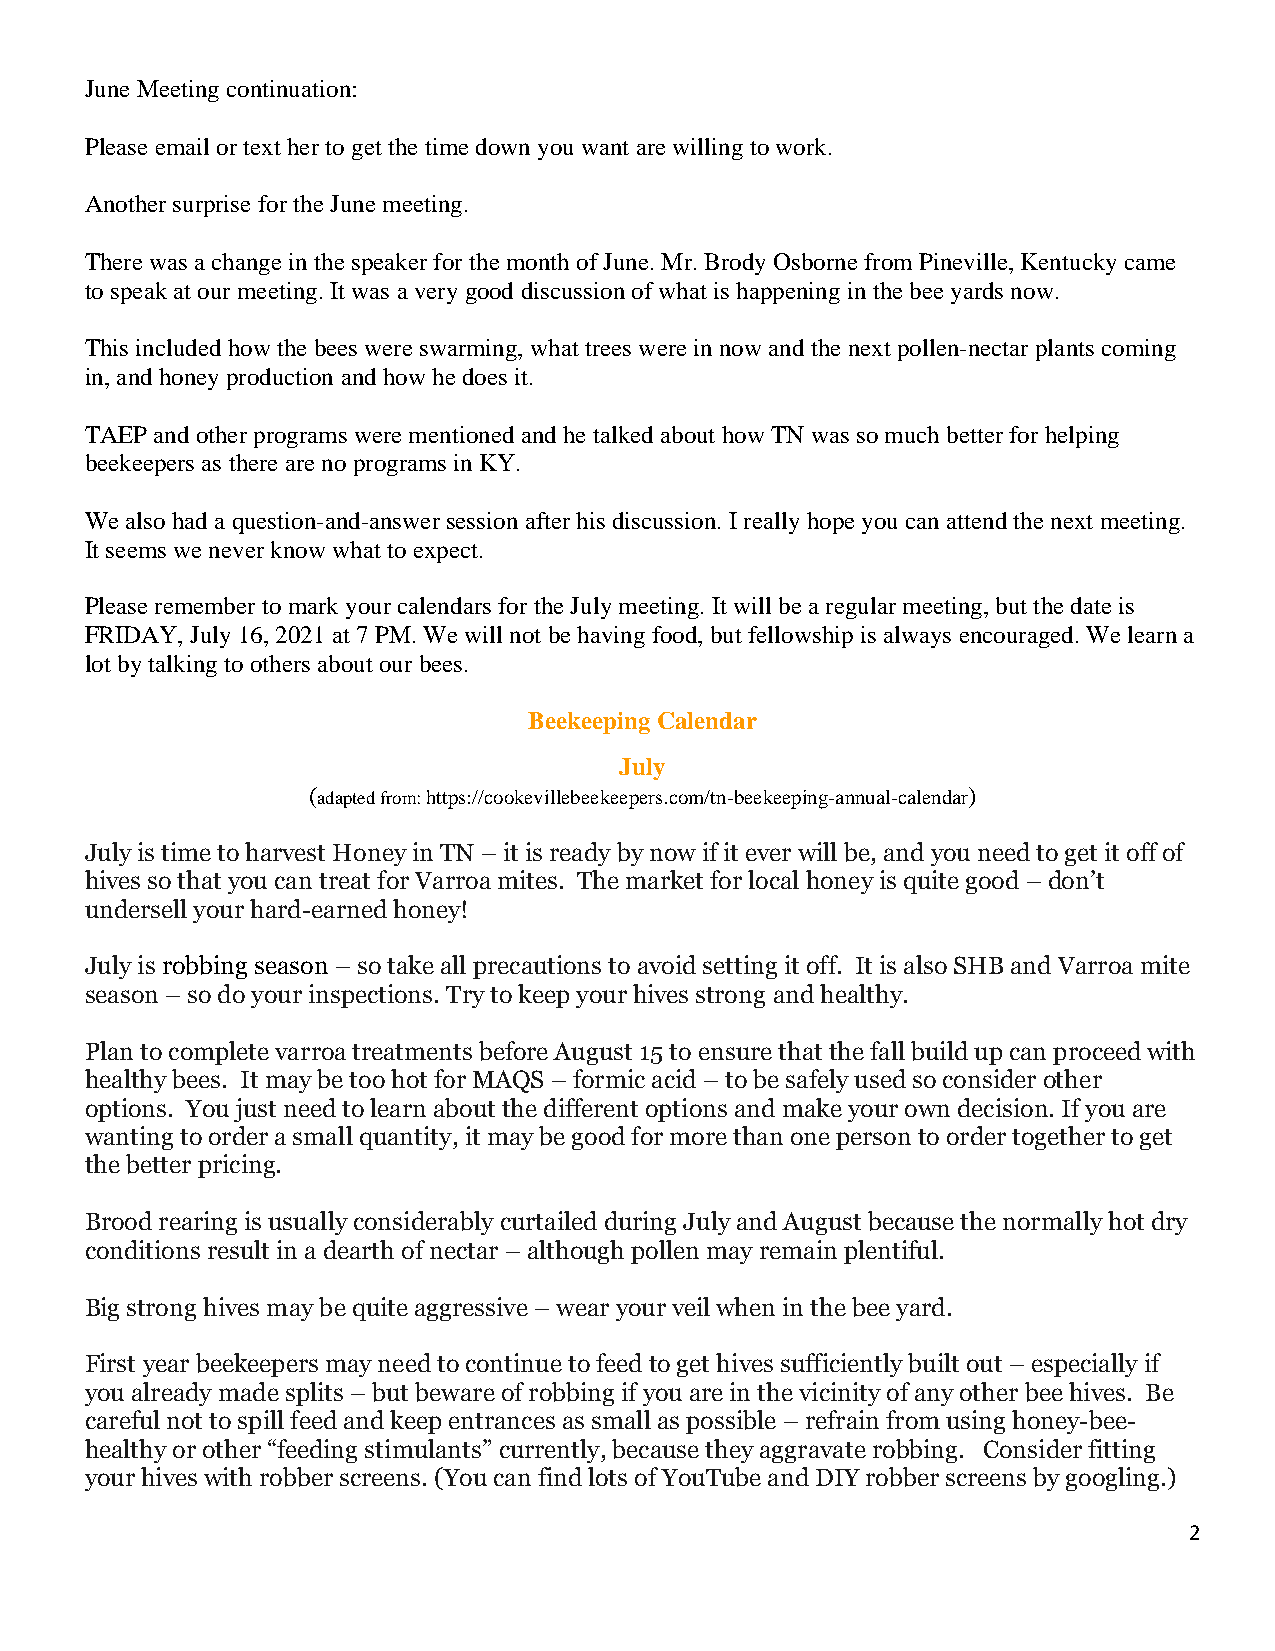
June Meeting continuation:
 Please email or text her to get the time down you want are willing to work.
 Another surprise for the June meeting.
 There was a change in the speaker for the month of June. Mr. Brody Osborne from Pineville, Kentucky came
 to speak at our meeting. It was a very good discussion of what is happening in the bee yards now.
 This included how the bees were swarming, what trees were in now and the next pollen-nectar plants coming
 in, and honey production and how he does it.
 TAEP and other programs were mentioned and he talked about how TN was so much better for helping
 beekeepers as there are no programs in KY.
 We also had a question-and-answer session after his discussion. I really hope you can attend the next meeting.
 It seems we never know what to expect.
 Please remember to mark your calendars for the July meeting. It will be a regular meeting, but the date is
 FRIDAY, July 16, 2021 at 7 PM. We will not be having food, but fellowship is always encouraged. We learn a
 lot by talking to others about our bees.
 Beekeeping Calendar
 July
 (adapted from: https://cookevillebeekeepers.com/tn-beekeeping-annual-calendar)
 July is time to harvest Honey in TN – it is ready by now if it ever will be, and you need to get it off of
 hives so that you can treat for Varroa mites. The market for local honey is quite good – don’t
 undersell your hard-earned honey!
 July is robbing season – so take all precautions to avoid setting it off. It is also SHB and Varroa mite
 season – so do your inspections. Try to keep your hives strong and healthy.
 Plan to complete varroa treatments before August 15 to ensure that the fall build up can proceed with
 healthy bees. It may be too hot for MAQS – formic acid – to be safely used so consider other
 options. You just need to learn about the different options and make your own decision. If you are
 wanting to order a small quantity, it may be good for more than one person to order together to get
 the better pricing.
 Brood rearing is usually considerably curtailed during July and August because the normally hot dry
 conditions result in a dearth of nectar – although pollen may remain plentiful.
 Big strong hives may be quite aggressive – wear your veil when in the bee yard.
 First year beekeepers may need to continue to feed to get hives sufficiently built out – especially if
 you already made splits – but beware of robbing if you are in the vicinity of any other bee hives. Be
 careful not to spill feed and keep entrances as small as possible – refrain from using honey-bee-
 healthy or other “feeding stimulants” currently, because they aggravate robbing. Consider fitting
 your hives with robber screens. (You can find lots of YouTube and DIY robber screens by googling.)
 2